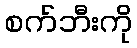
စက်ဘီးကို